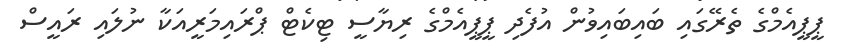
ޕީޕީއެމްގެ ތެރޭގައި ބައިބައިވުން އުފެދި ޕީޕީއެމްގެ ރިޔާސީ ޓިކެޓް ޕްރައިމަރީއަކާ ނުލައި ރައީސް